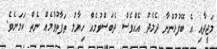
މަޖީދާއި އެ ބޭފުޅުންނާ ދެމެދު އެއްވެސް ދެބަސްވުމެއް ހިޔާލު ތަފާތުވުމެއް ނެތް ކަމަށެވެ.